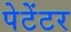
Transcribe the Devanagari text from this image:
पेटेंटर